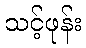
သင့်ဖုန်း